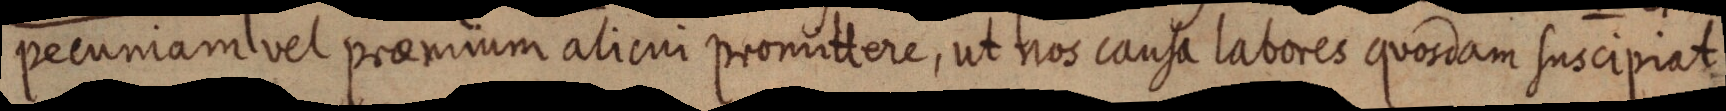
pecuniam vel praemium alicui promittere, ut nos causa labores quosdam suscipiat